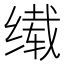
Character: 𬘹